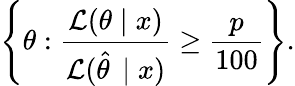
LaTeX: \left\{ \theta:{\frac{{\mathcal{L}}(\theta\mid x)}{{\mathcal{L}}({\hat{\theta\, }}\mid x)}}\geq{\frac{p}{100}}\right\} .